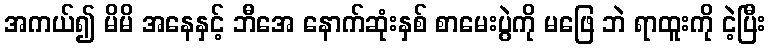
အကယ်၍ မိမိ အနေနှင့် ဘီအေ နောက်ဆုံးနှစ် စာမေးပွဲကို မဖြေ ဘဲ ရာထူးကို ငဲ့ပြီး